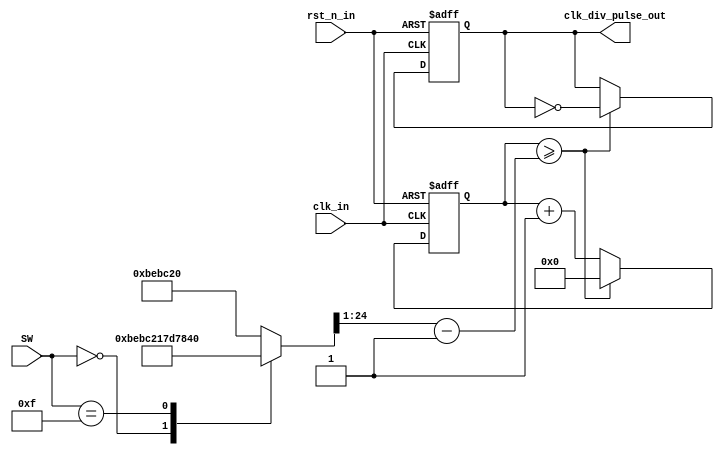
// --------------------------------------------------------------------
// >>>>>>>>>>>>>>>>>>>>>>>>> COPYRIGHT NOTICE <<<<<<<<<<<<<<<<<<<<<<<<<
// --------------------------------------------------------------------
// Module: Clock_div
// 
// 
// Description: clock divide, generate pulse and 50 percent clock_div
// 
// Web: www.stepfpga.com
// 
// --------------------------------------------------------------------
// Code Revision History :
// --------------------------------------------------------------------
// Version: |Mod. Date:   |Changes Made:
// V1.0     |2016/04/20   |Initial ver
// --------------------------------------------------------------------
module Clock_div
(
input clk_in,  //clk_in = 12mhz
input rst_n_in,  //rst_n_in, active low
input  [3:0] SW,  //switch key
output reg clk_div_pulse_out  //clock divide output, duty cycle = 1/CLK_DIV_PULSE_PERIOD(one clk_in period)
);

reg [24:0] PULSE_PERIOD;
always@(SW)
	case(SW)
		4'b0000:PULSE_PERIOD = 6250000;
		4'b1111:PULSE_PERIOD = 25000000;
		default:PULSE_PERIOD = 12500000;
	endcase
	
//clk_div_pulse_out = clk_in/CLK_DIV_PULSE_PERIOD, duty cycle is 1/CLK_DIV_PULSE_PERIOD(one clk_in period)
reg[24:0] cnt1=0;
always@(posedge clk_in or negedge rst_n_in)
	begin
		if(!rst_n_in) 
			begin 
				cnt1<=1'b0;
				clk_div_pulse_out<=1'b0;
			end
		else if(cnt1>=((PULSE_PERIOD>>1)-1'b1)) 
			begin
				cnt1<=1'b0;
				clk_div_pulse_out<=~clk_div_pulse_out;
			end
		else begin
			cnt1<=cnt1+1'b1; 
		end
	end

endmodule